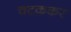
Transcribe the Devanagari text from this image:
चटककर